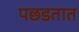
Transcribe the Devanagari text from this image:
पछडतात